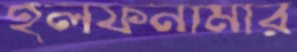
হলফনামার